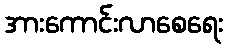
အားကောင်းလာစေရေး